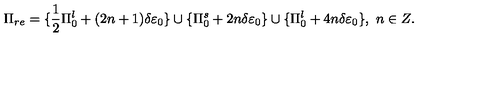
\Pi _ { r e } = \{ \frac { 1 } { 2 } \Pi _ { 0 } ^ { l } + ( 2 n + 1 ) \delta \varepsilon _ { 0 } \} \cup \{ \Pi _ { 0 } ^ { s } + 2 n \delta \varepsilon _ { 0 } \} \cup \{ \Pi _ { 0 } ^ { l } + 4 n \delta \varepsilon _ { 0 } \} , \ n \in Z .